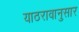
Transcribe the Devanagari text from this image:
याठरावानुसार